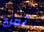
تمزح